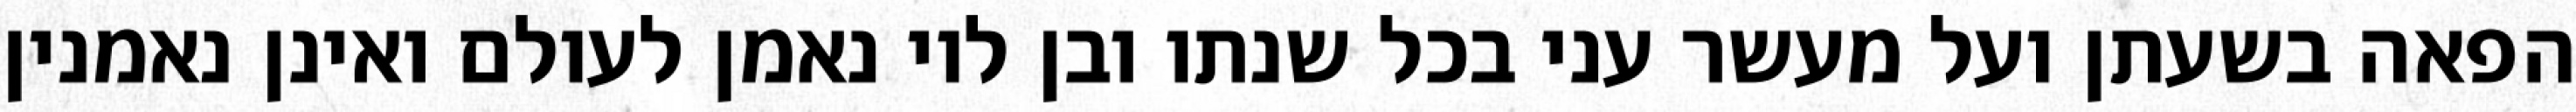
הפאה בשעתן ועל מעשר עני בכל שנתו ובן לוי נאמן לעולם ואינן נאמנין